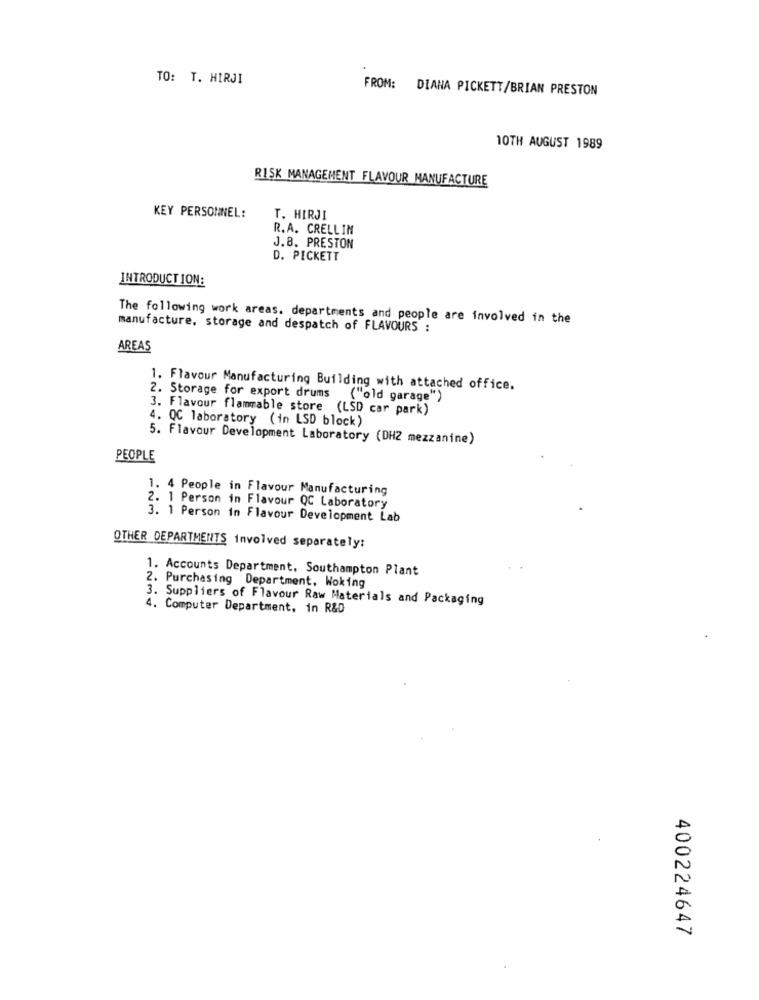
TO: T. HIRJI
FROM: DIANA PICKETT/BRIAN PRESTON
10TH AUGUST 1989
RISK MANAGEMENT FLAVOUR MANUFACTURE
KEY PERSONNEL:
T. HIRJI
R.A. CRELLIN
J.B. PRESTON
D. PICKETT
INTRODUCTION:
The following work areas. departments and people are involved in the
manufacture, storage and despatch of FLAVOURS :
AREAS
1. Flavour Manufacturing Building with attached office.
2. Storage for export drums ("old garage")
3. Flavour flammable store (LSD car park)
4. QC laboratory (in LSD block)
5. Flavour Development Laboratory (DH2 mezzanine)
PEOPLE
1. 4 People in Flavour Manufacturing
2. 1 Person in Flavour QC Laboratory
3. 1 Person in Flavour Development Lab
OTHER DEPARTMENTS involved separately:
1. Accounts Department, Southampton Plant
2. Purchasing Department, Woking
3. Suppliers of Flavour Raw Materials and Packaging
4. Computer Department, in R&D
400224647